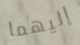
إليهما